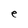
Character: e